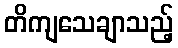
တိကျသေချာသည့်